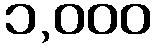
၁,၀၀၀